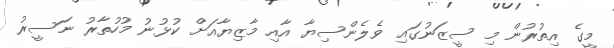
މީގެ އިތުރުން މި ސީޒަނުގައި ވެލެންސިޔާ އާއި މާޒިޔާއަށް ކުޅުނު މުހުތާރު ނަސީރު